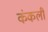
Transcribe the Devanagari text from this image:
कंकली